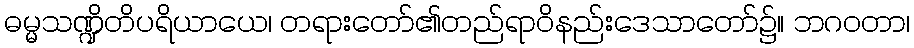
ဓမ္မသဏ္ဍိတိပရိယာယေ၊ တရားတော်၏တည်ရာဝိနည်းဒေသာတော်၌။ ဘဂဝတာ၊